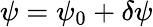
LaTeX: \psi=\psi_{0}+\delta\psi